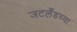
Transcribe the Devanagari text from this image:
जटलँडच्या